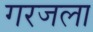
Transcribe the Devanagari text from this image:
गरजला